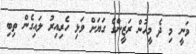
ވަނީ މި ދެ މީހުން ރަޒީންގެ ގަޔަށް ވަޅި ހެރިއިރު ލައިގެން ތިބި